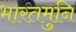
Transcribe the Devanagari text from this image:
भारतमुनि